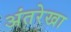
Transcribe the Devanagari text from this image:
अंतरेखा